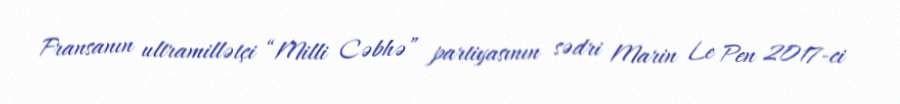
Fransanın ultramillətçi “Milli Cəbhə” partiyasının sədri Marin Le Pen 2017-ci